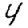
Digit: 4